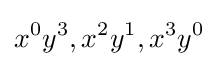
x^{0}y^{3},x^{2}y^{1},x^{3}y^{0}